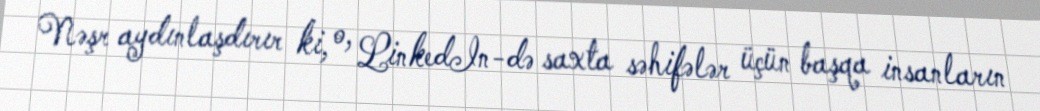
Nəşr aydınlaşdırır ki, o, LinkedIn-də saxta səhifələr üçün başqa insanların